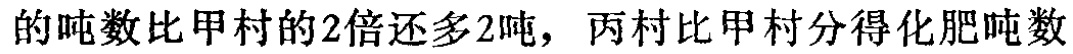
的吨数比甲村的2倍还多2吨，丙村比甲村分得化肥吨数